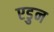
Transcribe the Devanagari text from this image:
एडुन